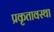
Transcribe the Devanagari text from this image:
प्रकृतावस्था